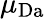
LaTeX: \mu_{\mathrm{Da}}